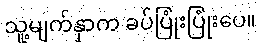
သူ့မျက်နှာက ခပ်ပြုံးပြုံးပေ။